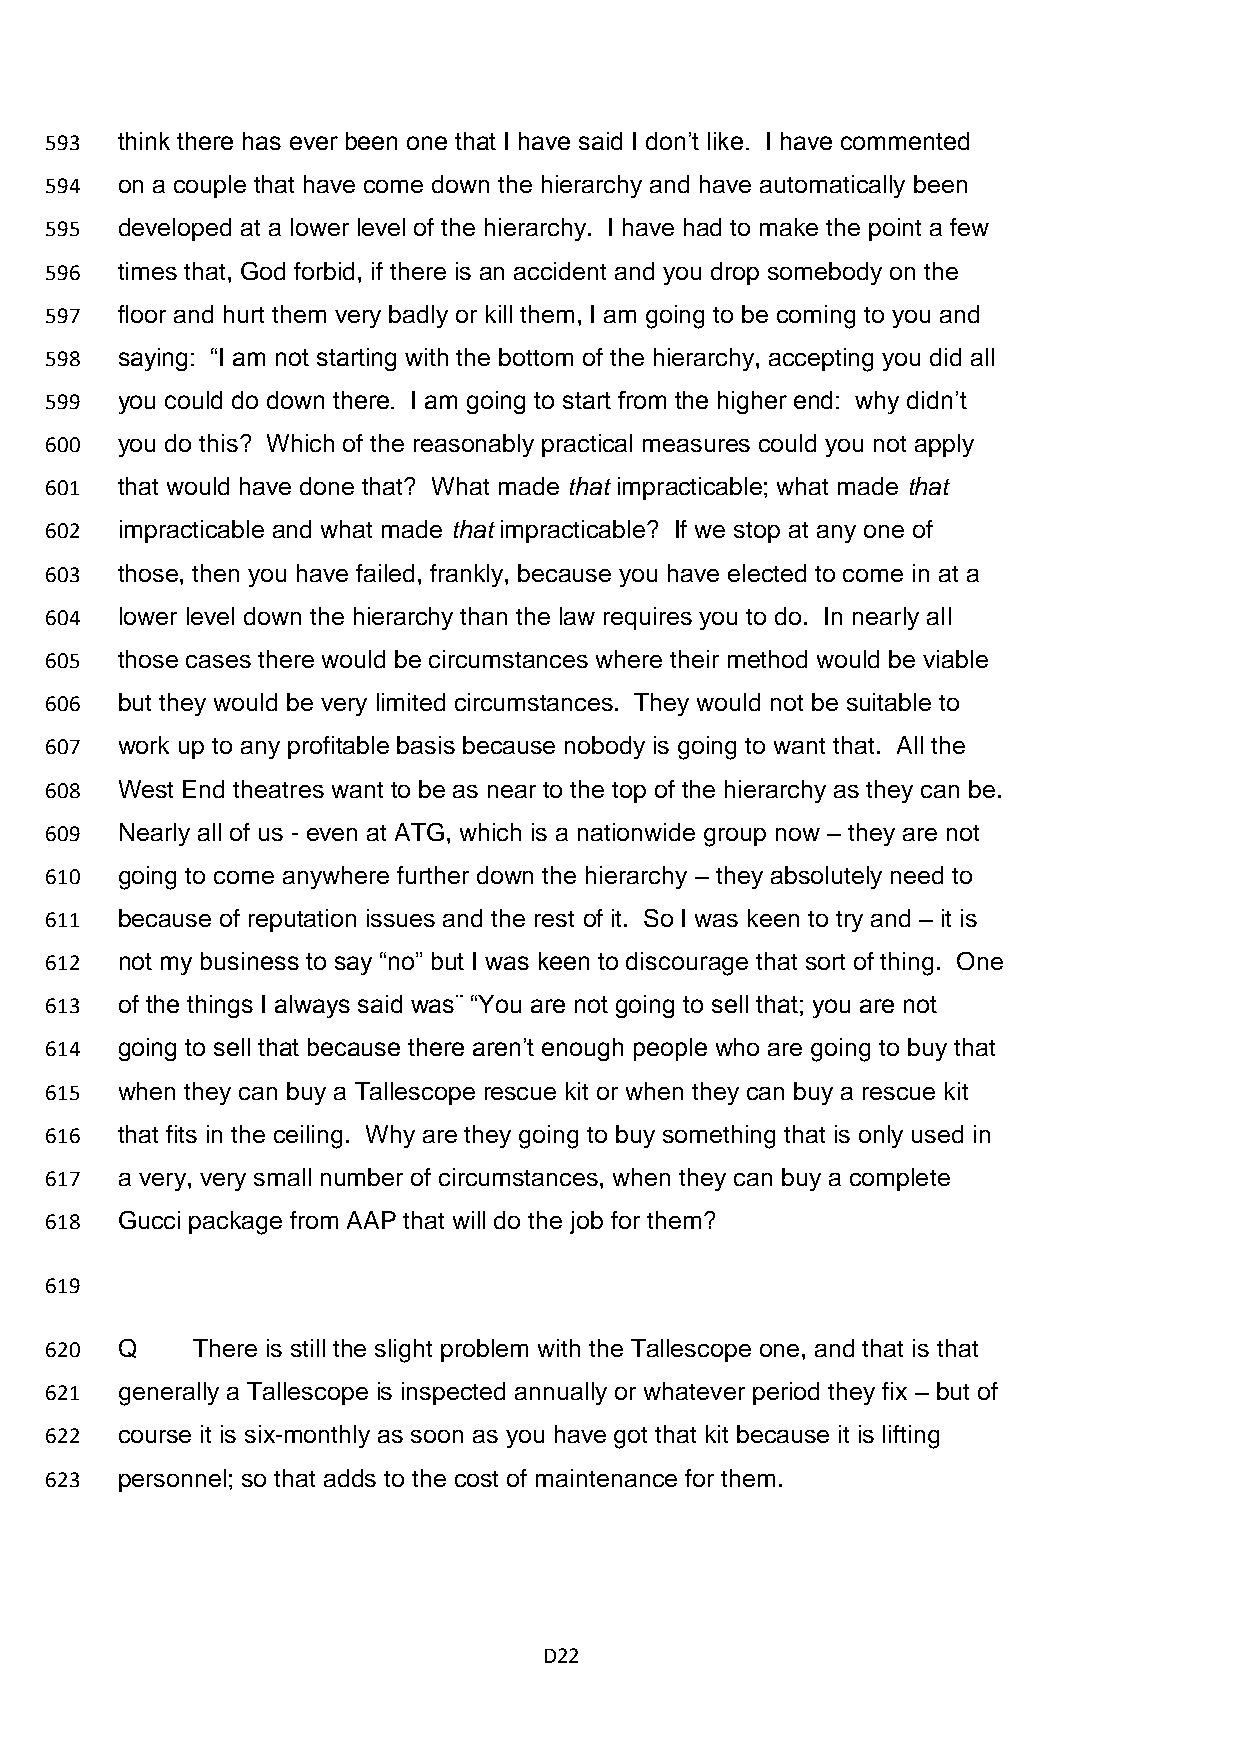
593  think there has ever been one that I have said I don’t like. I have commented
 594  on a couple that have come down the hierarchy and have automatically been
 595  developed at a lower level of the hierarchy. I have had to make the point a few
 596  times that, God forbid, if there is an accident and you drop somebody on the
 597  floor and hurt them very badly or kill them, I am going to be coming to you and
 598  saying: “I am not starting with the bottom of the hierarchy, accepting you did all
 599  you could do down there. I am going to start from the higher end: why didn’t
 600  you do this? Which of the reasonably practical measures could you not apply
 601  that would have done that? What made that impracticable; what made that
 602  impracticable and what made that impracticable? If we stop at any one of
 603  those, then you have failed, frankly, because you have elected to come in at a
 604  lower level down the hierarchy than the law requires you to do. In nearly all
 605  those cases there would be circumstances where their method would be viable
 606  but they would be very limited circumstances. They would not be suitable to
 607  work up to any profitable basis because nobody is going to want that. All the
 608  West End theatres want to be as near to the top of the hierarchy as they can be.
 609  Nearly all of us - even at ATG, which is a nationwide group now – they are not
 610  going to come anywhere further down the hierarchy – they absolutely need to
 611  because of reputation issues and the rest of it. So I was keen to try and – it is
 612  not my business to say “no” but I was keen to discourage that sort of thing. One
 613  of the things I always said was¨ “You are not going to sell that; you are not
 614  going to sell that because there aren’t enough people who are going to buy that
 615  when they can buy a Tallescope rescue kit or when they can buy a rescue kit
 616  that fits in the ceiling. Why are they going to buy something that is only used in
 617  a very, very small number of circumstances, when they can buy a complete
 618  Gucci package from AAP that will do the job for them?
 619
 620  Q    There is still the slight problem with the Tallescope one, and that is that
 621  generally a Tallescope is inspected annually or whatever period they fix – but of
 622  course it is six-monthly as soon as you have got that kit because it is lifting
 623  personnel; so that adds to the cost of maintenance for them.
 D22